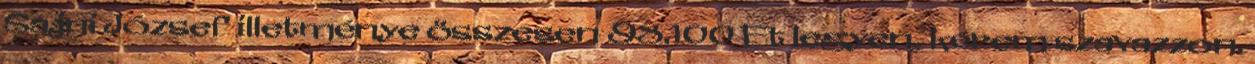
Sajni József illetménye összesen 98.100 Ft legyen, kérem szavazzon.